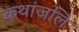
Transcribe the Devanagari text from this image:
कथांजलि